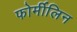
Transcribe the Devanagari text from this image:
फोर्मीलिन